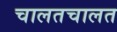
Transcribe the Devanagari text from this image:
चालतचालत